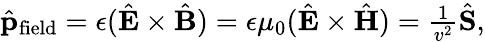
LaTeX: \begin{array}{r}{\hat{\mathbf p}_{\mathrm{field}}=\epsilon(\hat{\mathbf E}\times\hat{\mathbf B})=\epsilon\mu_{0}(\hat{\mathbf E}\times\hat{\mathbf H})=\frac{1}{v^{2}}\hat{\mathbf S},}\end{array}